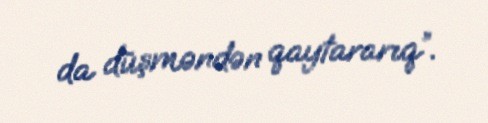
da düşməndən qaytararıq”.